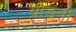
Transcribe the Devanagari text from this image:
ग्रोडनो